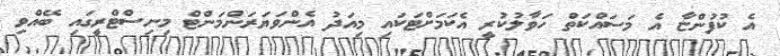
އެ ކުފުންޏާ އެެ މަސައްކަތް ހަވާލުކުރީ އެކަމަށްޓަކައި މިއަދު އެންވަޔަރަންމަންޓް މިނިސްޓްރީގައި ބޭއްވި